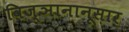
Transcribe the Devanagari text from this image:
विज्ञानानूसार